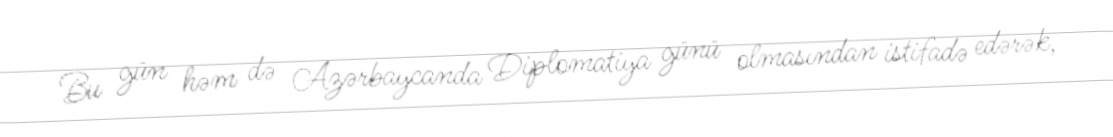
Bu gün həm də Azərbaycanda Diplomatiya günü olmasından istifadə edərək,